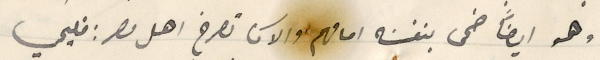
وهو ايضاً ضحى بنفسَه امامهم والآن تصرخ اهل مصر: فليحي